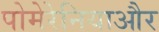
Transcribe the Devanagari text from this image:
पोमेरेनियाऔर